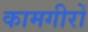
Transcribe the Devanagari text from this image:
कामगीरों